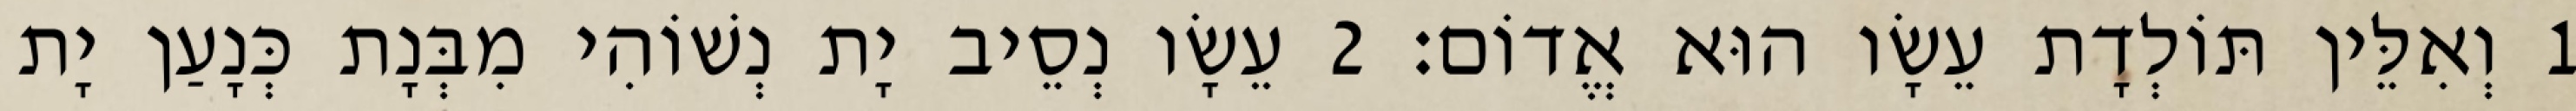
1 וְאִלֵּין תּוֹלְדָת עֵשָׂו הוּא אֱדוֹם׃ 2 עֵשָׂו נְסֵיב יָת נְשׁוֹהִי מִבְּנָת כְּנָעַן יָת